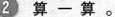
2算一算。